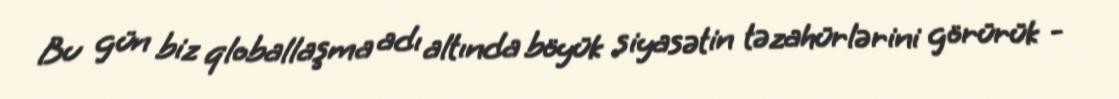
Bu gün biz qloballaşma adı altında böyük siyasətin təzahürlərini görürük -